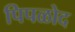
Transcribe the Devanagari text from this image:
पिपळोद